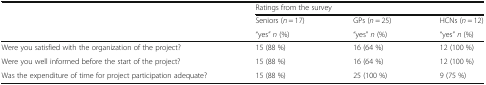
|  | <COLSPAN=3> Ratings from the survey |
 | <ROWSPAN=2>  | Seniors (n = 17) | GPs (n = 25) | HCNs (n = 12) |
 | “yes” n (%) | “yes” n (%) | “yes” n (%) |
 | --- | --- | --- | --- |
 | Were you satisfied with the organization of the project? | 15 (88 %) | 16 (64 %) | 12 (100 %) |
 | Were you well informed before the start of the project? | 15 (88 %) | 16 (64 %) | 12 (100 %) |
 | Was the expenditure of time for project participation adequate? | 15 (88 %) | 25 (100 %) | 9 (75 %) |